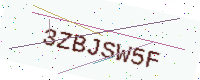
Text: 3ZBJSW5F